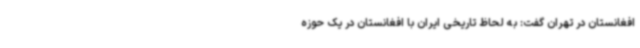
افغانستان در تهران گفت: به لحاظ تاریخی ایران با افغانستان در یک حوزه